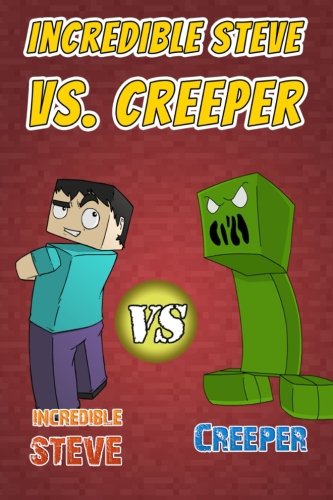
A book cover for Incredible Steve vs. Creeper: A Blockhead Comic Book for Miners Based on Minecraft (Unofficial) (Volume 2); Jamison Donovan; Humor & Entertainment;